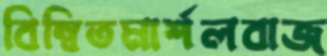
বিম্বিতমার্শলবাজ